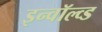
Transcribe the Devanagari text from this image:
इन्वॉल्व्ड